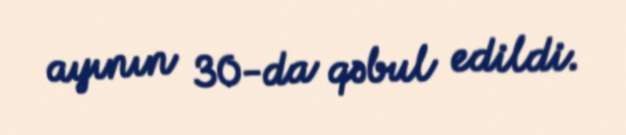
ayının 30-da qəbul edildi.